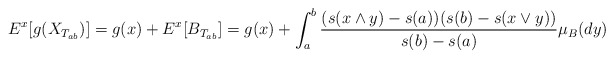
\begin{align*}E^x[g(X_{T_{ab}})]=g(x)+ E^x[B_{T_{ab}}]=g(x)+ \int_a^b \frac{(s(x\wedge y)-s(a))(s(b)-s(x\vee y))}{s(b)-s(a)}\mu_B(dy)\end{align*}